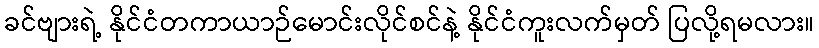
ခင်ဗျားရဲ့ နိုင်ငံတကာယာဉ်မောင်းလိုင်စင်နဲ့ နိုင်ငံကူးလက်မှတ် ပြလို့ရမလား။